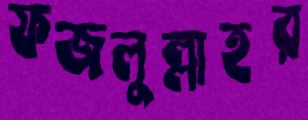
ফজলুল্লাহর